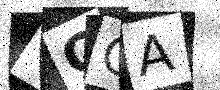
Text: TQGA